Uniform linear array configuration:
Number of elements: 32
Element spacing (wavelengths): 0.75
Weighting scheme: blackman
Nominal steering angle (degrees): -15
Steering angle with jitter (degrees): -13.044
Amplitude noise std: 0.05
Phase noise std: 0.05

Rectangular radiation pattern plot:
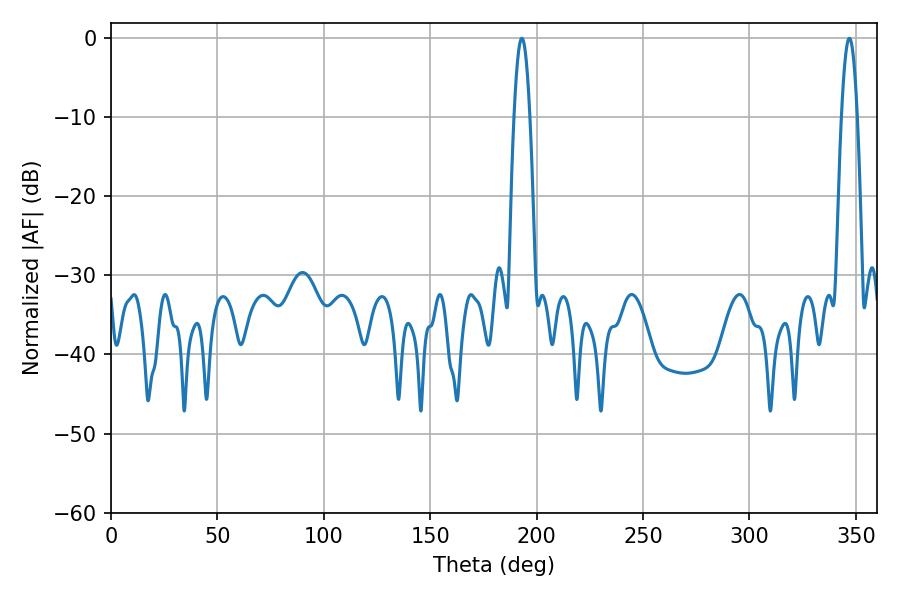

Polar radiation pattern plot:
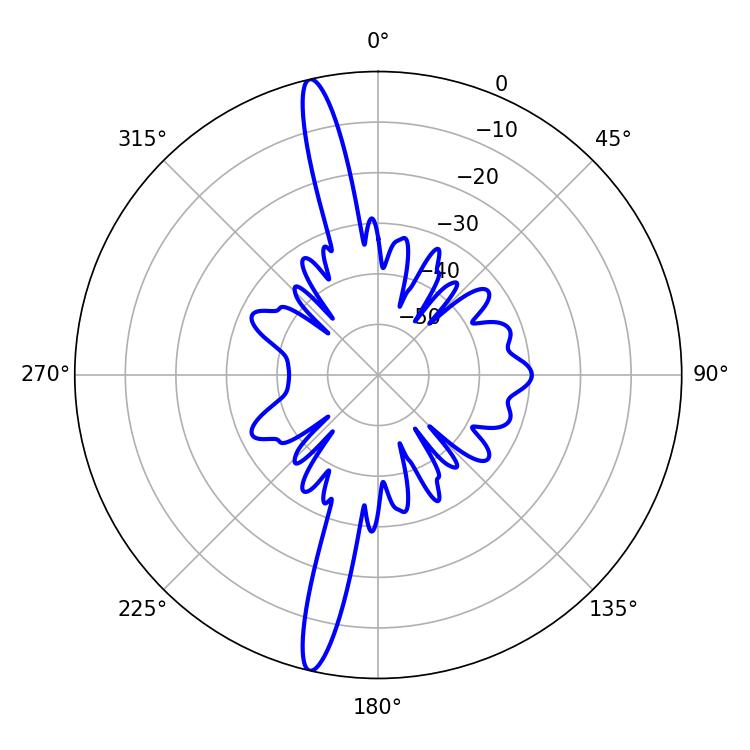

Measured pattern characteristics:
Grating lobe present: TRUE
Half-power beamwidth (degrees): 4.14
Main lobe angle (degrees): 346.86